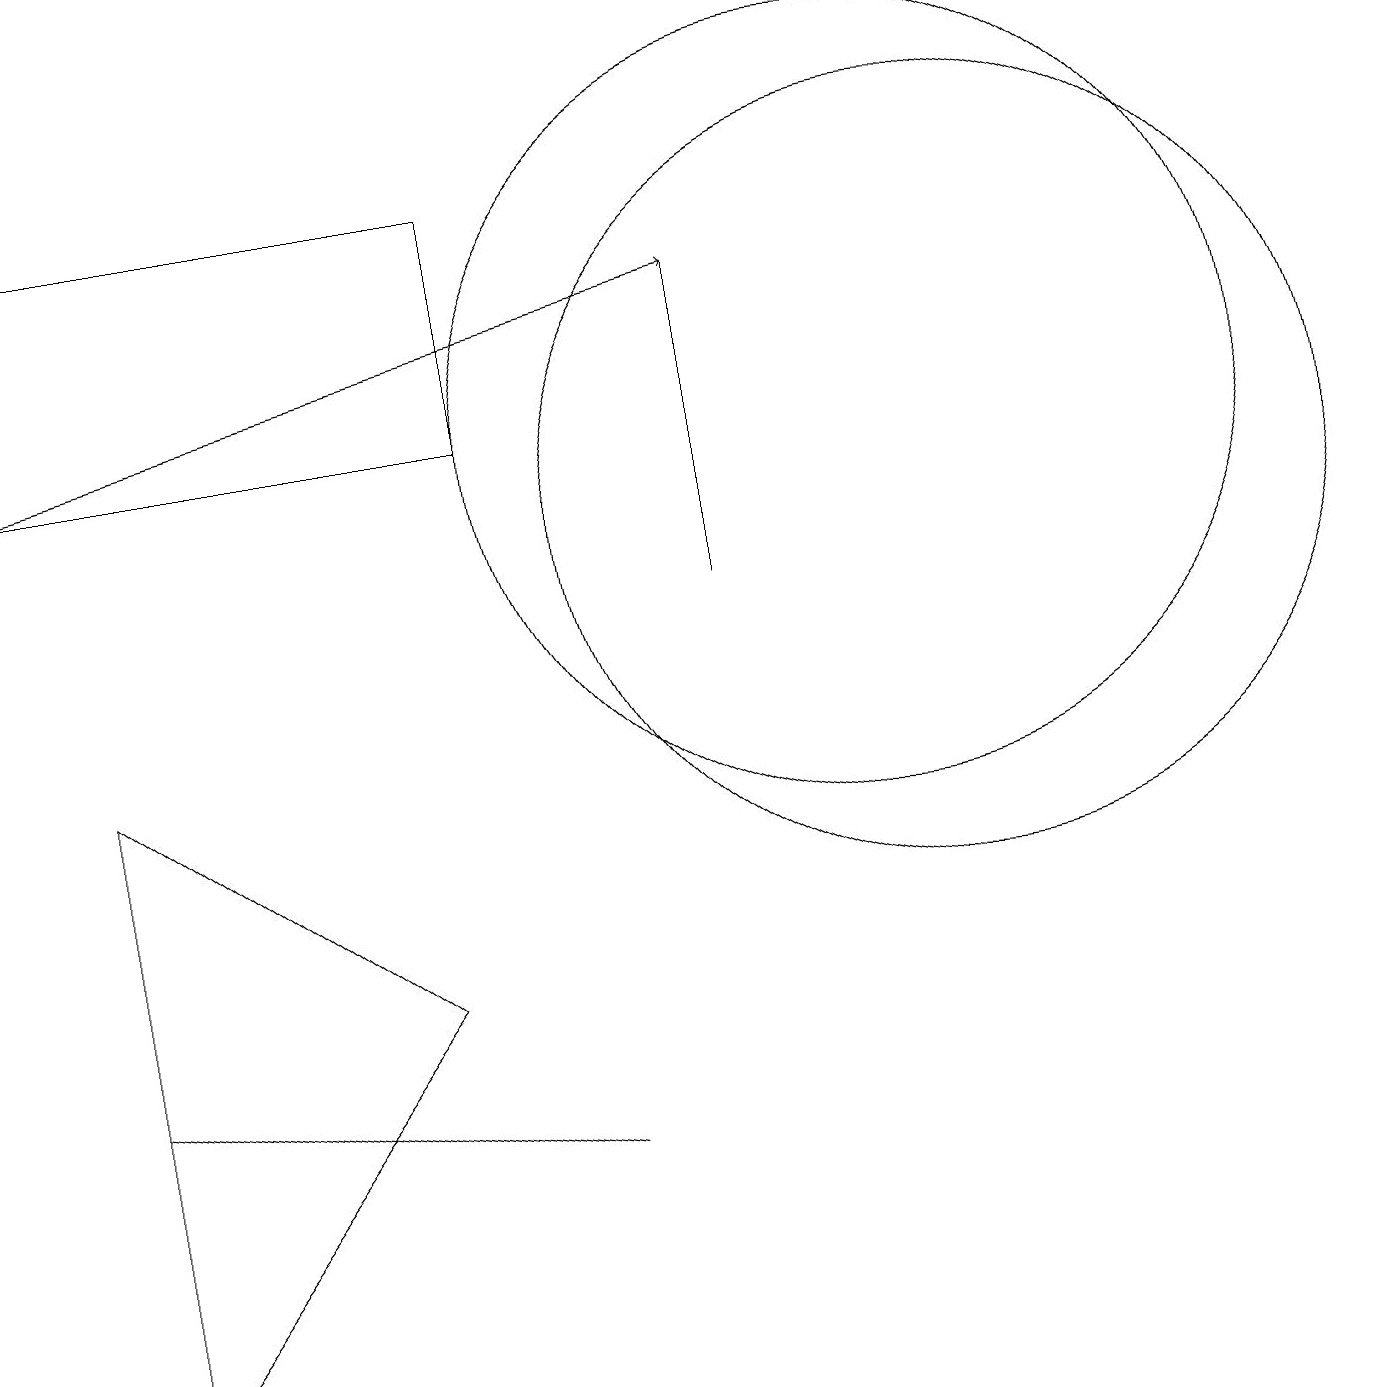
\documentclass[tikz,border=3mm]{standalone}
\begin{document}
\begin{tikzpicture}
\draw[->] (0,12) -- (9,14);
\draw (9,14) rectangle (9,10);
\draw (7,3) -- (1,4) -- (7,3) -- cycle;
\draw (0,12) rectangle (6,15);
\draw (1,8) -- (1,0) -- (5,5) -- cycle;
\draw (11,12) circle (5);
\draw (12,11) circle (5);
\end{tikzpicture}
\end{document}